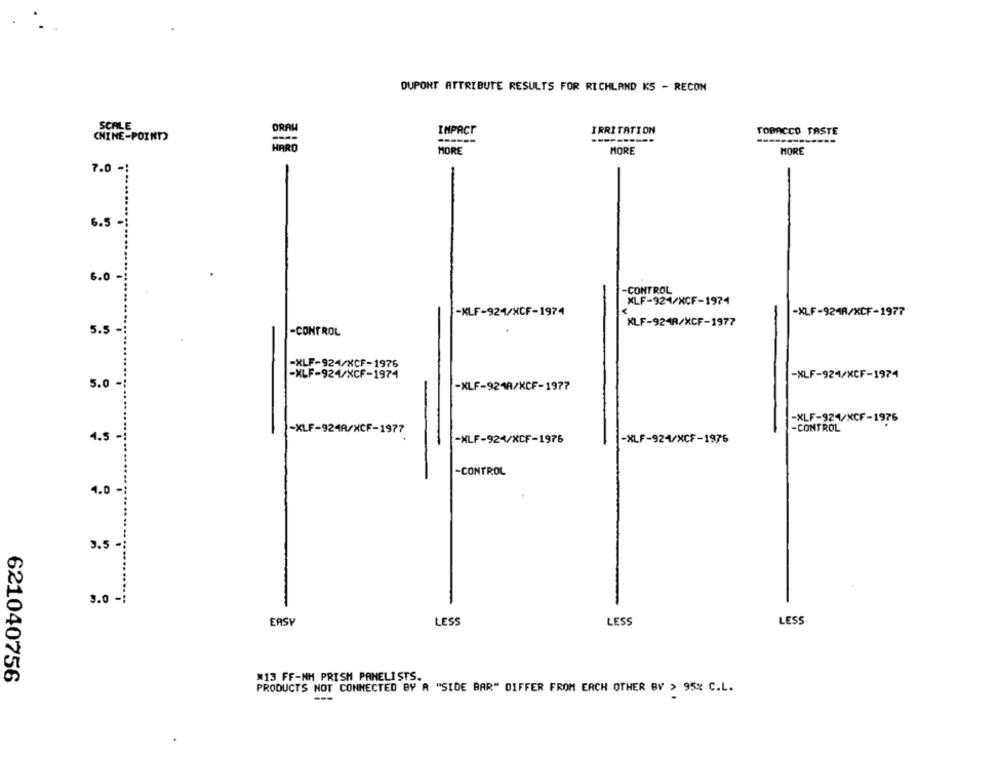
DUPONT ATTRIBUTE RESULTS FOR RICHLAND KS - RECON
SCALE
IMPACT
IRRITATION
TOBACCO FASTE
CHINE-POINT)
------
HORE
MORE
HORE
7.0 -1
.....
6.5-
6.0
-CONTROL
XLF-921/XCF-1974
-KLF-924/XCF-1974
-XLF-924R/XCF-1977
KLF-924A/XCF-1977
5.5
-CONTROL
-XLF-924/XCF-1976
-XLF-924/XCF-1974
-XLF-924/XCF-1974
5.0-
-XLF-921A/KCF-1977
-XLF-924/XCF-1976
-XLF-924R/XCF-1977
-CONTROL
4.5-
-NLF-924/XCF-1976
-XLF-921/XCF-1976
-CONTROL
4.0
3.5
3.0 -
EASY
LESS
LESS
LESS
621040756
#13 FF-NH PRISM PANELISTS.
PRODUCTS NOT CONNECTED BY A "SIDE BAR" DIFFER FROM EACH OTHER BY > 95% C.L.
---